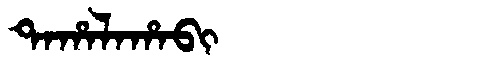
Manchu: ᡨᠠᡥᠠᠯᠠᡥᠠᠪᡳ
Romanization: TAHALAHABI